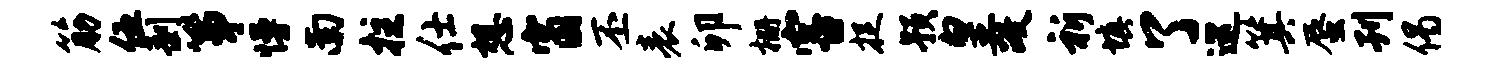
筋伍剥筝慢南拄仕想窗丕表卯栅害捉预皇政祈填了巡箕蜃刊偈